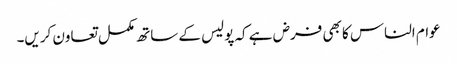
عوام الناس کا بھی فرض ہے کہ پولیس کے ساتھ مکمل تعاون کریں۔